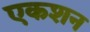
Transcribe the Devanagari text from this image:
एकशन